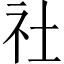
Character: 社